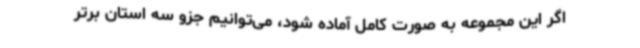
اگر این مجموعه به صورت کامل آماده شود، می‌توانیم جزو سه استان برتر